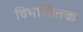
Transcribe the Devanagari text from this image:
विभाजितक